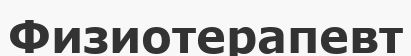
Физиотерапевт